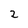
Character: 2